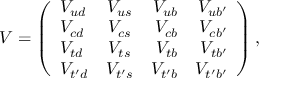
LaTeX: V = \left( \begin{array} { l c r r } { { V _ { u d } } } & { { V _ { u s } } } & { { V _ { u b } } } & { { V _ { u b ^ { \prime } } } } \\ { { V _ { c d } } } & { { V _ { c s } } } & { { V _ { c b } } } & { { V _ { c b ^ { \prime } } } } \\ { { V _ { t d } } } & { { V _ { t s } } } & { { V _ { t b } } } & { { V _ { t b ^ { \prime } } } } \\ { { V _ { t ^ { \prime } d } } } & { { V _ { t ^ { \prime } s } } } & { { V _ { t ^ { \prime } b } } } & { { V _ { t ^ { \prime } b ^ { \prime } } } } \end{array} \right) ,